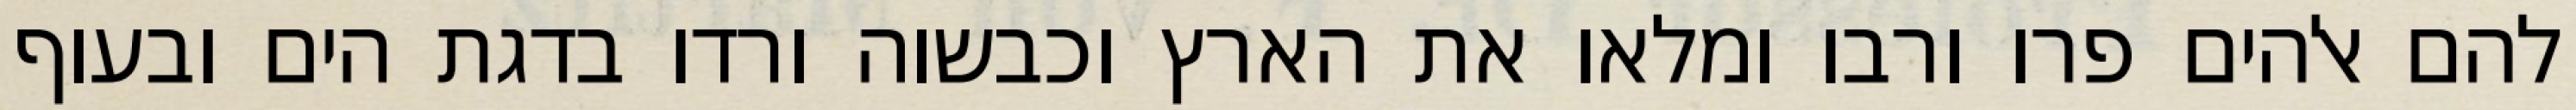
להם אלהים פרו ורבו ומלאו את הארץ וכבשוה ורדו בדגת הים ובעוף